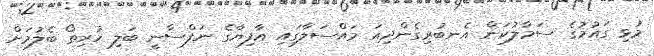
މުޅި ގައުމުގެ ސަމާލުކަން އެނބުރިގެންދިއަ މައްސަލާގައި އާފިޔާގެ ނަފްސާނީ ބަލި ހުރިތޯ ބެލުމަށް